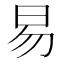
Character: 易